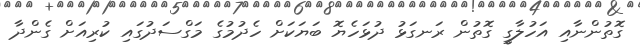
ގޮތުންނާއި އަހުލާގީ ގޮތުން ރަނގަޅު ދުޅަހެޔޮ ބަޔަކަށް ހެދުމުގެ މަގްސަދުގައި ކުރިއަށް ގެންދާ